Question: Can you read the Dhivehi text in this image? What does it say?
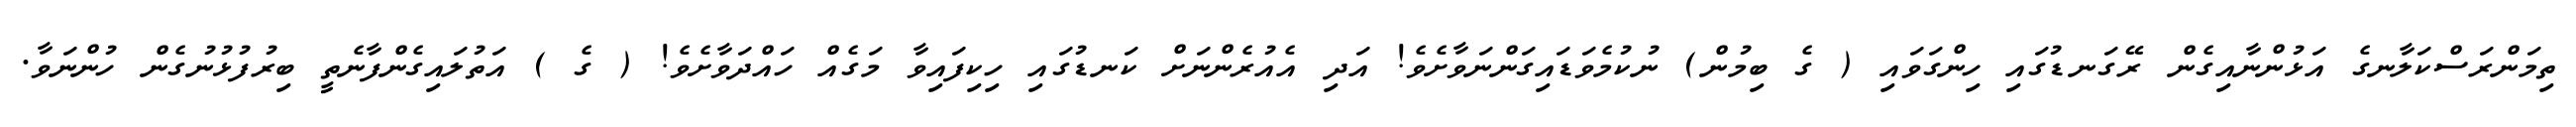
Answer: ތިމަންރަސްކަލާނގެ އަޅުންނާއިގެން ރޭގަނޑުގައި ހިންގަވައި ( ގެ ބިމުން) ނުކުމެވަޑައިގަންނަވާށެވެ! އަދި އެއުރެންނަށް ކަނޑުގައި ހިކިފައިވާ މަގެއް ހައްދަވާށެވެ! ( ގެ ) އަތުލައިގެންފާނެތީ ބިރުފުޅުނުގެން ހުންނަވާ.